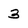
Character: 3